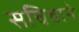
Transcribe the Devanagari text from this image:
सचिवाने